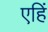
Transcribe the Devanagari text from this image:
एहिं